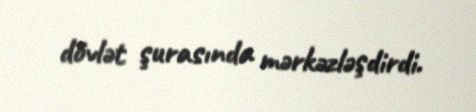
dövlət şurasında mərkəzləşdirdi.